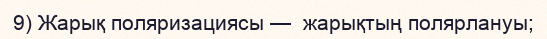
9) Жарық поляризациясы —  жарықтың полярлануы;